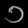
Digit: ၁